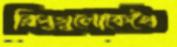
রিপুগুলোকেখৈ